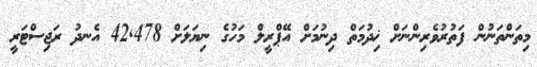
މިތަންތަނުން ފަތުރުވެރިންނަށް ޚިދުމަތް ދިނުމަށް އޭޕްރީލް މަހުގެ ނިޔަލަށް 42